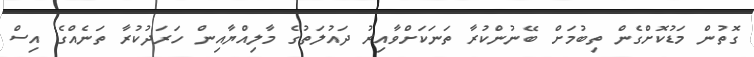
ގޮތުން މަޑުކޮށްގެން ތިބުމަށް ބޭނުންކުރާ ތަނަކަށްވާއިރު ދައުލަތުގެ މާލިއްޔާއިން ހަރަދުކުރާ ތަނެއްގެ އިސް